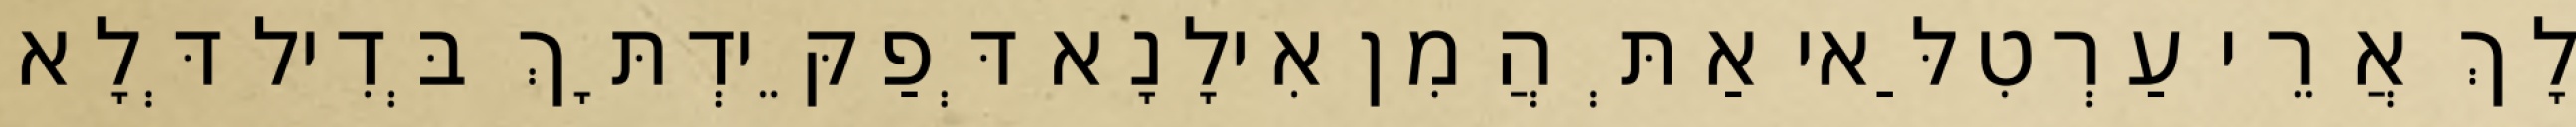
לָךְ אֲרֵי עַרְטִלַּאי אַתְּ הֲמִן אִילָנָא דְּפַקֵּידְתָּךְ בְּדִיל דְּלָא